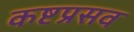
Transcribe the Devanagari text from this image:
कष्टप्रसव